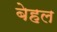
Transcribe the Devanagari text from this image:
बेहल